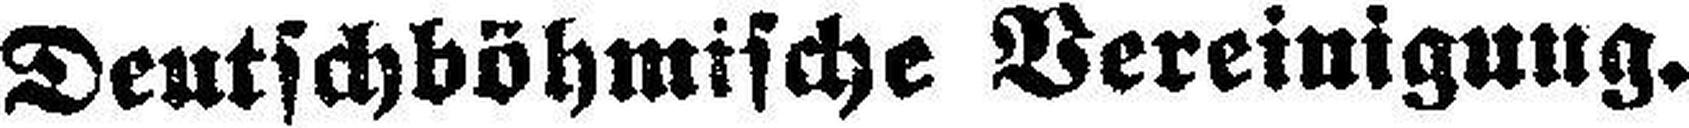
Deutschböhmische Vereinigung.